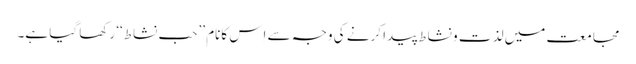
مجامعت میں لذت و نشاط پیدا کرنے کی وجہ سے اِس کانام ’’حب نشاط‘‘ رکھا گیا ہے۔